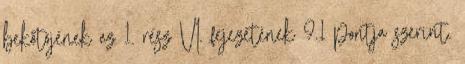
bekötõjének az 1. rész VI. fejezetének 9.1 pontja szerint.